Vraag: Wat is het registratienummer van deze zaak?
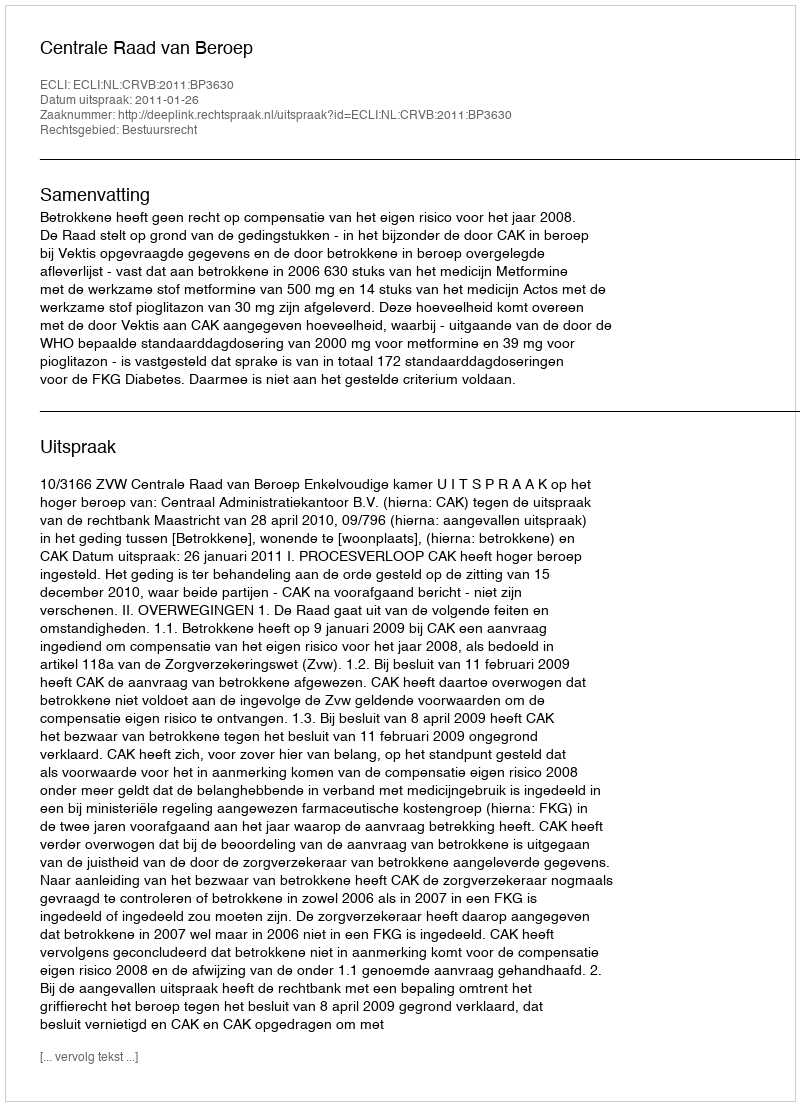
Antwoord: http://deeplink.rechtspraak.nl/uitspraak?id=ECLI:NL:CRVB:2011:BP3630